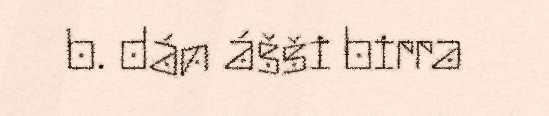
b. dán ášši birra